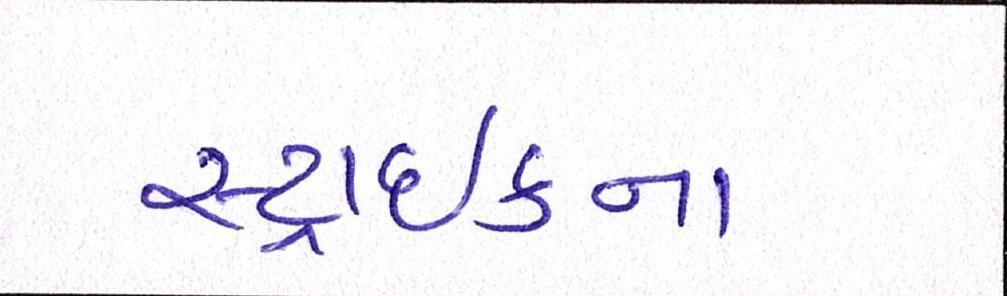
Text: સ્ટ્રાઈકના